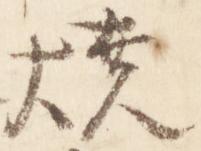
焼